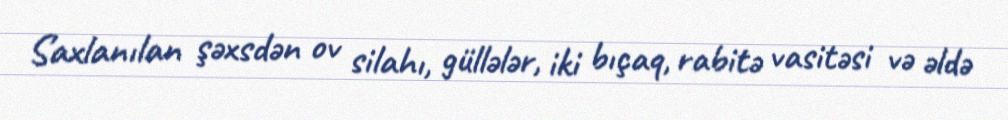
Saxlanılan şəxsdən ov silahı, güllələr, iki bıçaq, rabitə vasitəsi və əldə